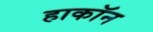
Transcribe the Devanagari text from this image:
हाकॉन